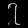
Digit: ၇